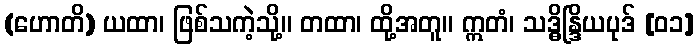
(ဟောတိ) ယထာ၊ ဖြစ်သကဲ့သို့။ တထာ၊ ထို့အတူ။ ဣတံ၊ သဒ္ဓိန္ဒြိယပုဒ် [၀၁]